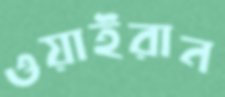
ওয়াইরান